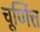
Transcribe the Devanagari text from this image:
चूर्णित्त